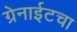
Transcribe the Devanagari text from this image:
ग्रेनाईटचा